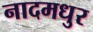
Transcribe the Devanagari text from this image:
नादमधुर